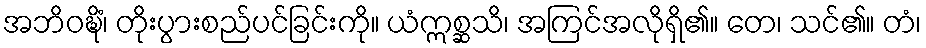
အဘိဝဍ္ဎိံ၊ တိုးပွားစည်ပင်ခြင်းကို။ ယံဣစ္ဆသိ၊ အကြင်အလိုရှိ၏။ တေ၊ သင်၏။ တံ၊